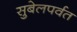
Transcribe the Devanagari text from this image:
सुबेलपर्वत